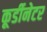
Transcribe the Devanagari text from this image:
कूर्डीनेटर